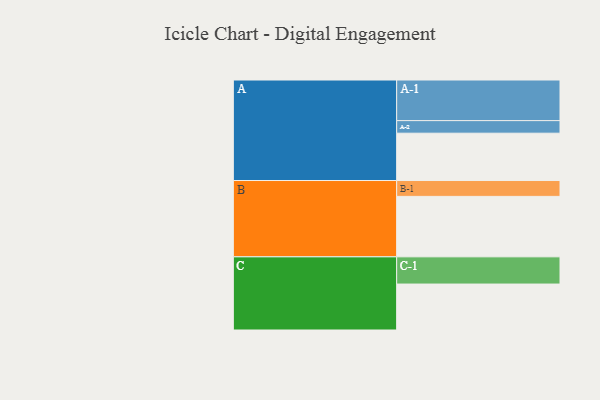
{"axis": {"x": "Segment", "y": "Value"}, "legend": ["", "A", "B", "C"], "data": [{"x": "A", "y": 346, "type": ""}, {"x": "B", "y": 442, "type": ""}, {"x": "C", "y": 336, "type": ""}, {"x": "A-1", "y": 297, "type": "A"}, {"x": "A-2", "y": 92, "type": "A"}, {"x": "B-1", "y": 116, "type": "B"}, {"x": "C-1", "y": 199, "type": "C"}]}